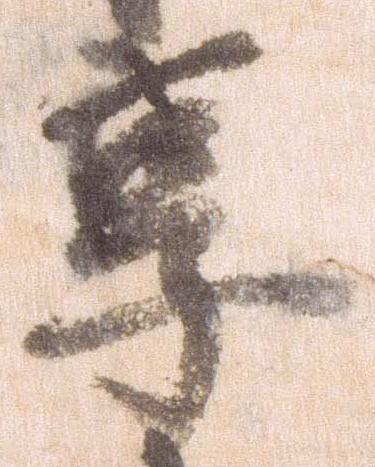
享